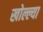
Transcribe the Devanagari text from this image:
खोल्ल्या